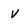
Character: V